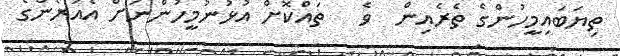
ތިޔަބައިމީހުންގެ ތެރެއިން  ވެ   ތައްކޮށް އުޅުނުމީހުންނަށް އެއުރެންގެ